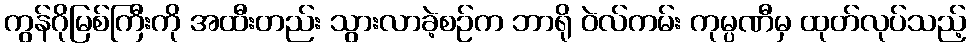
ကွန်ဂိုမြစ်ကြီးကို အထီးတည်း သွားလာခဲ့စဉ်က ဘာရို ဝဲလ်ကမ်း ကုမ္ပဏီမှ ထုတ်လုပ်သည့်